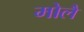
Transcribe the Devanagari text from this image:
मोलै